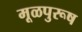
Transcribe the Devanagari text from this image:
मूळपुरूष